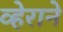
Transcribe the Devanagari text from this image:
व्हेराने